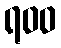
ရ၀၀